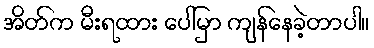
အိတ်က မီးရထား ပေါ်မှာ ကျန်နေခဲ့တာပါ။